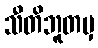
သီတိဘူတမှ